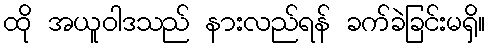
ထို အယူဝါဒသည် နားလည်ရန် ခက်ခဲခြင်းမရှိ။